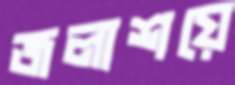
জলাশয়ে